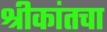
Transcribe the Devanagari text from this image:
श्रीकांतचा